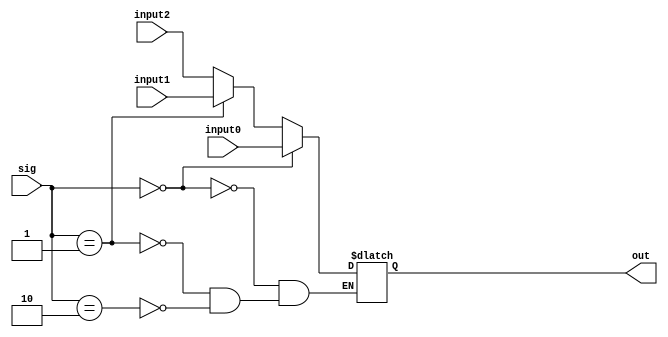
module mux_3_to_1 (
	input wire [31:0] input0,
	input wire [31:0] input1,
	input wire [31:0] input2,
	
	input wire [2:0] sig,
	output reg [31:0] out
);

always@(*)begin
		if (sig==0) 
			out[31:0] <= input0[31:0];
		
		else if (sig==1)
			out[31:0] <= input1[31:0];
		else if (sig==2)
			out[31:0] <= input2[31:0];	
	end

endmodule